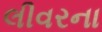
લીવરના